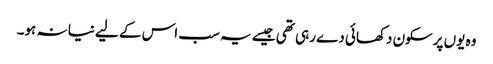
وہ یوں پرسکون دکھائی دے رہی تھی جیسے یہ سب اس کے لیے نیا نہ ہو۔